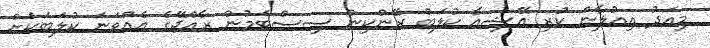
މިއަދު އިއުލާން ކުރި އޭޝިއާ ކުލަބް ރޭންކިން ސިސްޓަމުން ރާއްޖޭގެ އެއްވަނަ ކުލަބަކަށް